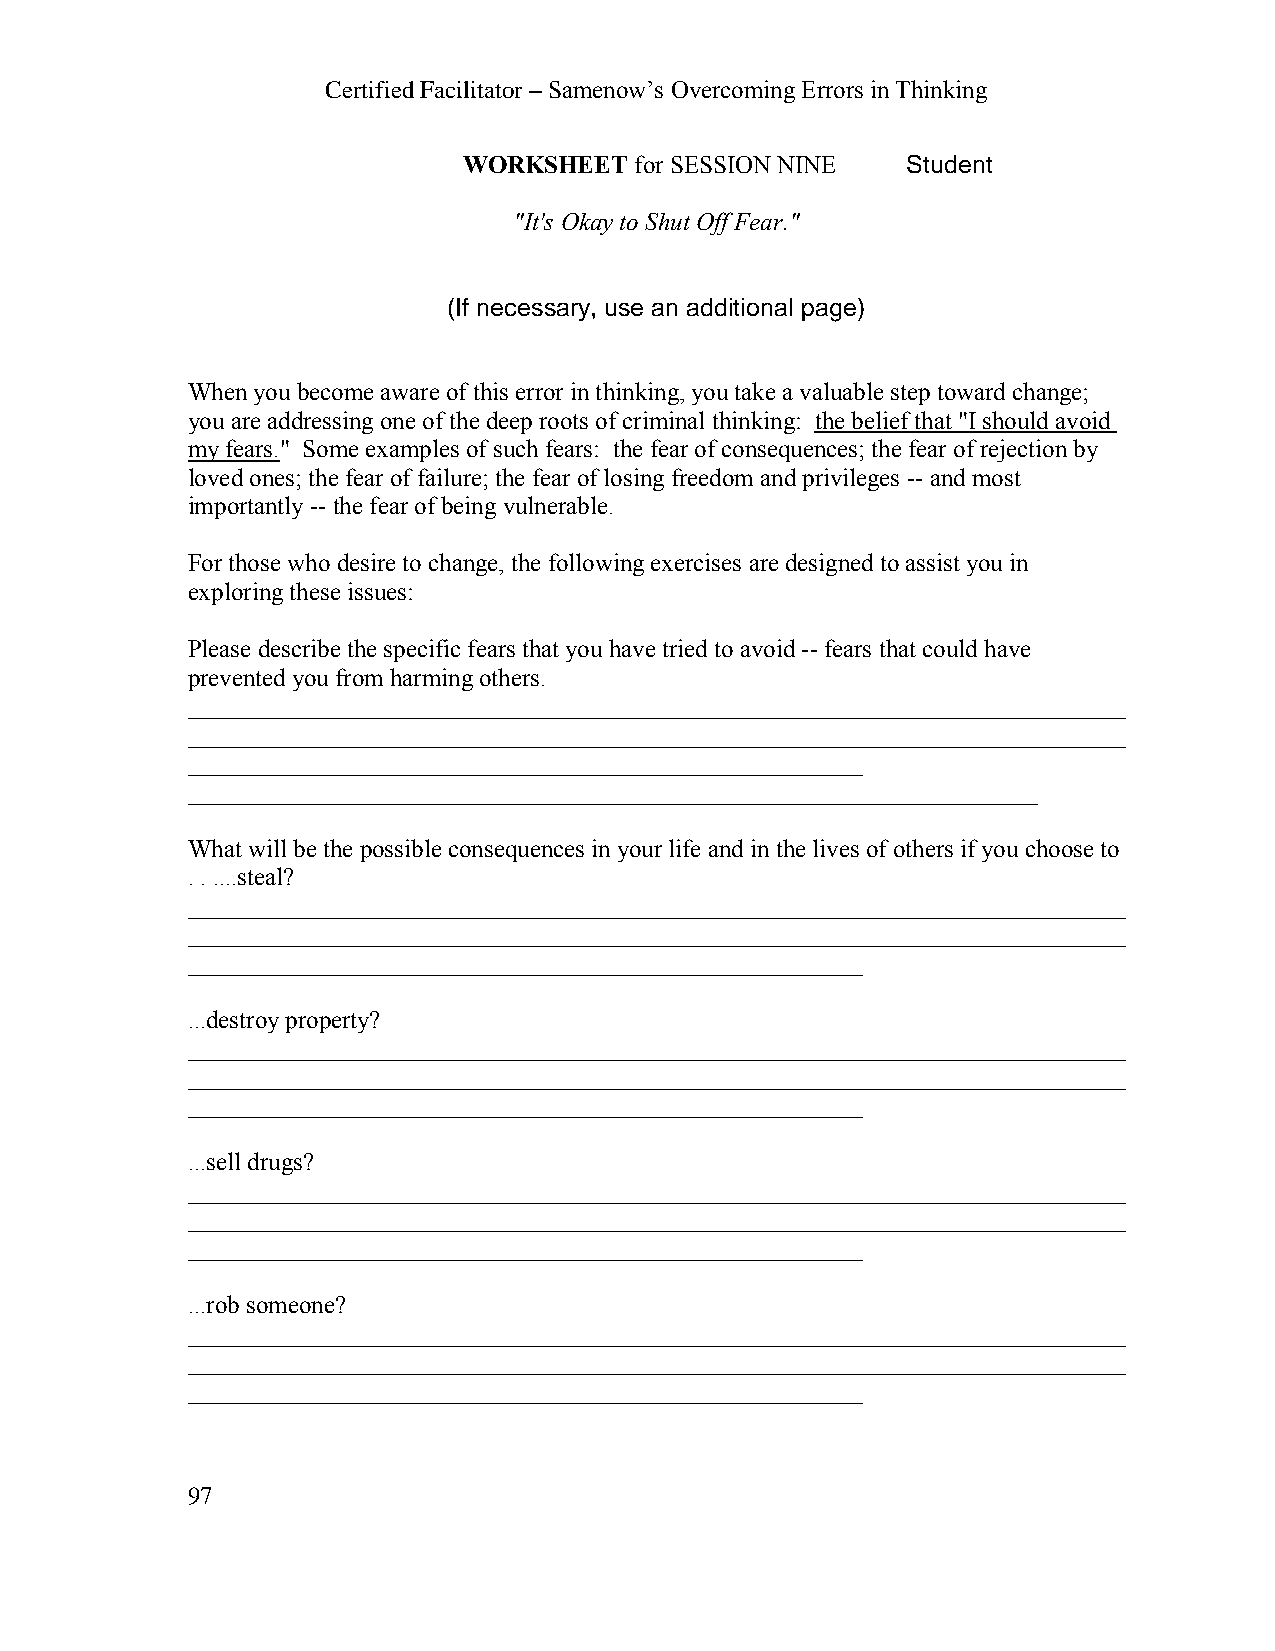
Certified Facilitator – Samenow’s Overcoming Errors in Thinking
 WORKSHEET  for SESSION NINE  Student
 "It's Okay to Shut Off Fear."
 (If necessary, use an additional page)
 When you become aware of this error in thinking, you take a valuable step toward change;
 you are addressing one of the deep roots of criminal thinking: the belief that "I should avoid
 my fears." Some examples of such fears: the fear of consequences; the fear of rejection by
 loved ones; the fear of failure; the fear of losing freedom and privileges -- and most
 importantly -- the fear of being vulnerable.
 For those who desire to change, the following exercises are designed to assist you in
 exploring these issues:
 Please describe the specific fears that you have tried to avoid -- fears that could have
 prevented you from harming others.
 ___________________________________________________________________________
 ___________________________________________________________________________
 ______________________________________________________
 ____________________________________________________________________
 What will be the possible consequences in your life and in the lives of others if you choose to
 . . ....steal?
 ___________________________________________________________________________
 ___________________________________________________________________________
 ______________________________________________________
 ...destroy property?
 ___________________________________________________________________________
 ___________________________________________________________________________
 ______________________________________________________
 ...sell drugs?
 ___________________________________________________________________________
 ___________________________________________________________________________
 ______________________________________________________
 ...rob someone?
 ___________________________________________________________________________
 ___________________________________________________________________________
 ______________________________________________________
 97